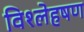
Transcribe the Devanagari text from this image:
विश्लेहषण